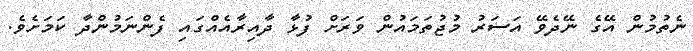
ނެތުމުން އޭގެ ނޭދެވޭ އަސަރު މުޖުތަމައުން ވަރަށް ފުޅާ ދާއިރާއެއްގައި ފެންނަމުންދާ ކަމަށެވެ.